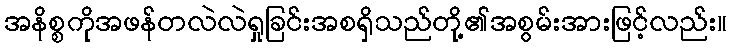
အနိစ္စကိုအဖန်တလဲလဲရှုခြင်းအစရှိသည်တို့၏အစွမ်းအားဖြင့်လည်း။